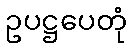
ဥပဋ္ဌပေတုံ